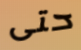
حتى